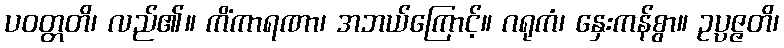
ပဝတ္တတိ၊ လည်၏။ ကိံကာရဏာ၊ အဘယ်ကြောင့်။ ဂရုကံ၊ နှေးကန်စွာ။ ဥပ္ပဇ္ဇတိ၊